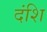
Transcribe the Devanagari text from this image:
दंशि